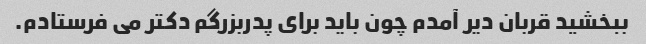
ببخشید قربان دیر آمدم چون باید برای پدربزرگم دکتر می فرستادم.